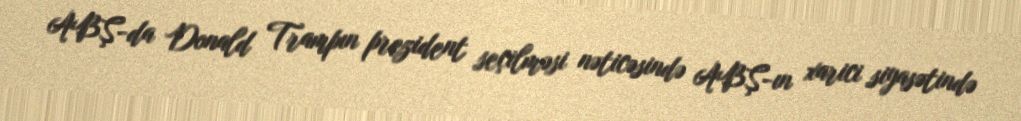
ABŞ-da Donald Trampın prezident seçilməsi nəticəsində ABŞ-ın xarici siyasətində